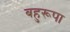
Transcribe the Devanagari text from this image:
बहुरूपा